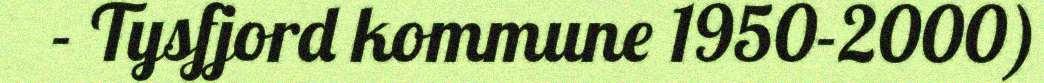
- Tysfjord kommune 1950-2000)